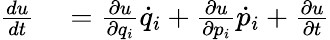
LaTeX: \begin{array}{rl}{{\frac{du}{dt}}}&{{}={\frac{\partial u}{\partial q_{i}}}{\dot{q}}_{i}+{\frac{\partial u}{\partial p_{i}}}{\dot{p}}_{i}+{\frac{\partial u}{\partial t}}}\end{array}